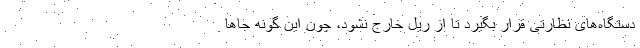
دستگاه‌های نظارتی قرار بگیرد تا از ریل خارج نشود، چون این گونه جاها